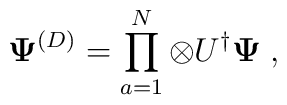
{\bf\Psi}^{(D)}=\prod_{a=1}^N\otimes U^\dagger{\bf\Psi}\;,